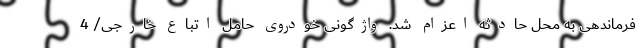
فرماندهی به محل حادثه اعزام شد. واژگونی خودروی حامل اتباع خارجی/ 4